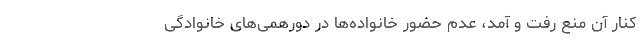
کنار آن منع رفت و آمد، عدم حضور خانواده‌ها در دورهمی‌های خانوادگی